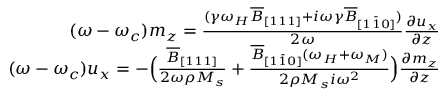
\begin{array} { r } { ( \omega - \omega _ { c } ) m _ { z } = \frac { ( \gamma \omega _ { H } \overline { { B } } _ { [ 1 1 1 ] } + i \omega \gamma \overline { { B } } _ { [ 1 \bar { 1 } 0 ] } ) } { 2 \omega } \frac { \partial u _ { x } } { \partial z } } \\ { ( \omega - \omega _ { c } ) u _ { x } = - \Big ( \frac { \overline { { B } } _ { [ 1 1 1 ] } } { 2 \omega \rho M _ { s } } + \frac { \overline { { B } } _ { [ 1 \bar { 1 } 0 ] } ( \omega _ { H } + \omega _ { M } ) } { 2 \rho M _ { s } i \omega ^ { 2 } } \Big ) \frac { \partial m _ { z } } { \partial z } } \end{array}